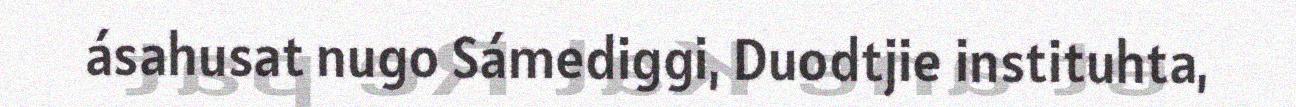
ásahusat nugo Sámediggi, Duodtjie instituhta,